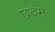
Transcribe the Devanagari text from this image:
छदम्